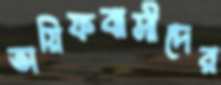
তায়িফবাসীদের